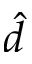
\hat { d }